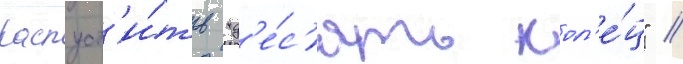
распуст'и́ть "д'е́с'ять кол'е́ц" //